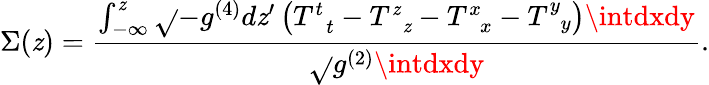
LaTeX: \Sigma(\mathit{z})=\frac{{\int_{-\infty}^{\mathit{z}}\sqrt{}{{-g^{(4)}}}d\mathit{z}^{\prime}\left(T_{\; \; t}^{t}-T_{\; \; \mathit{z}}^{\mathit{z}}-T_{\; \; x}^{x}-T_{\; \; y}^{y}\right)\intdxdy}}{{\sqrt{}{{g^{(2)}}}\intdxdy}}.